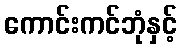
ကောင်းကင်ဘုံနှင့်